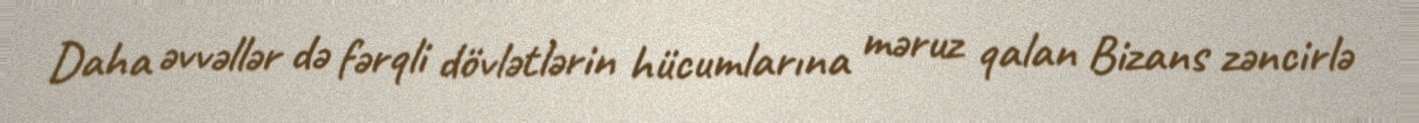
Daha əvvəllər də fərqli dövlətlərin hücumlarına məruz qalan Bizans zəncirlə